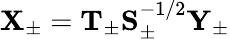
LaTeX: \begin{array}{r}{\mathbf{X}_{\pm}=\mathbf{T}_{\pm}\mathbf{S}_{\pm}^{-1/2}\mathbf{Y}_{\pm}}\end{array}